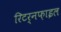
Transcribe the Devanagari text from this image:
रिटर्नफ़ाइल